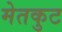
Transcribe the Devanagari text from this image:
मेतकुट